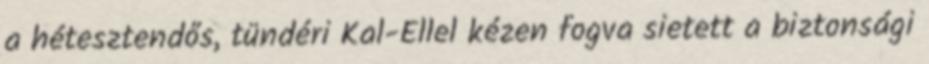
a hétesztendős, tündéri Kal-Ellel kézen fogva sietett a biztonsági